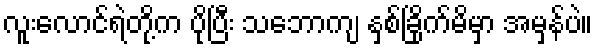
လူးလောင်ရဲတို့က ပိုပြီး သဘောကျ နှစ်ခြိုက်မိမှာ အမှန်ပဲ။